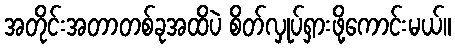
အတိုင်းအတာတစ်ခုအထိပဲ စိတ်လှုပ်ရှားဖို့ကောင်းမယ်။